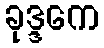
ခုဒ္ဒကေ